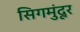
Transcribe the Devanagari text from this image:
सिगमुंदूर